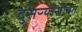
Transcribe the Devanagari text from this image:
दुसऱ्यासोबत